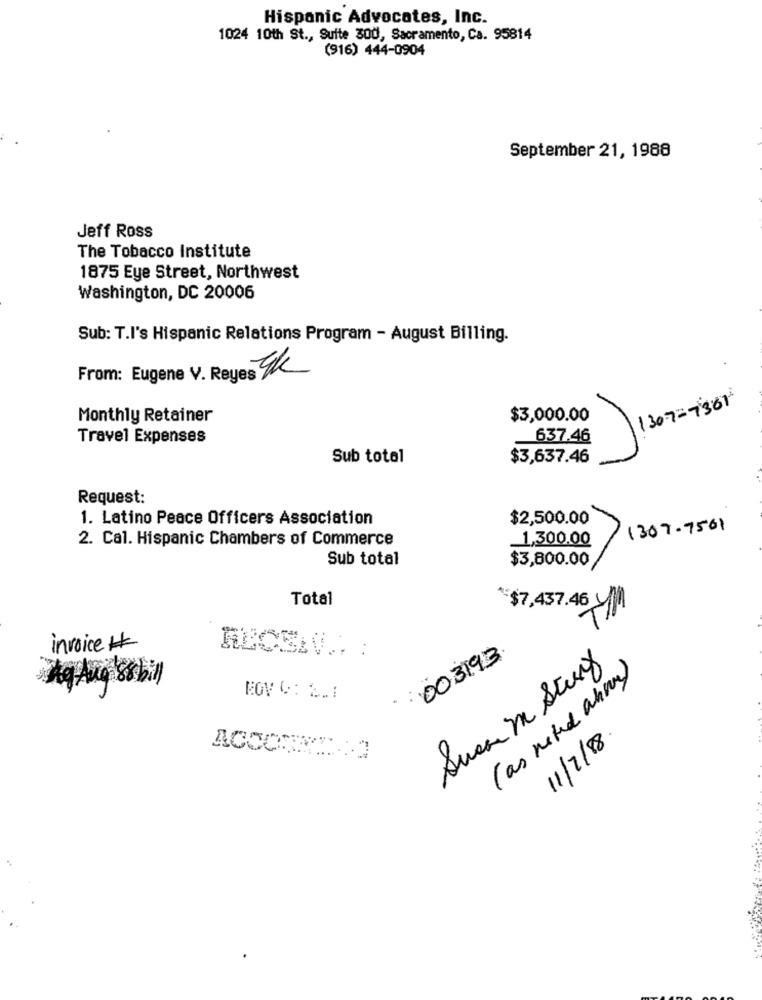
Hispanic Advocates, Inc.
1024 10th St ., Suite 300, Sacramento, Ca. 95814
(916) 444-0904
September 21, 1988
Jeff Ross
The Tobacco Institute
1875 Eye Street, Northwest
Washington, DC 20006
Sub: T.I's Hispanic Relations Program - August Billing.
From: Eugene V. Reyes S
1307=7301-
Monthly Retainer
$3,000.00
Travel Expenses
637.46
Sub total
$3,637.46
Request:
1. Latino Peace Officers Association
$2,500.00
1307-7561
2. Cal. Hispanic Chambers of Commerce
1,300.00
Sub total
$3,800.00
Total
:$7,437.46
711
invoice #
:003193
Susan m Stur
( as noted above)
Ag Ang & bil
11/7/8